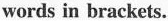
words in brackets.